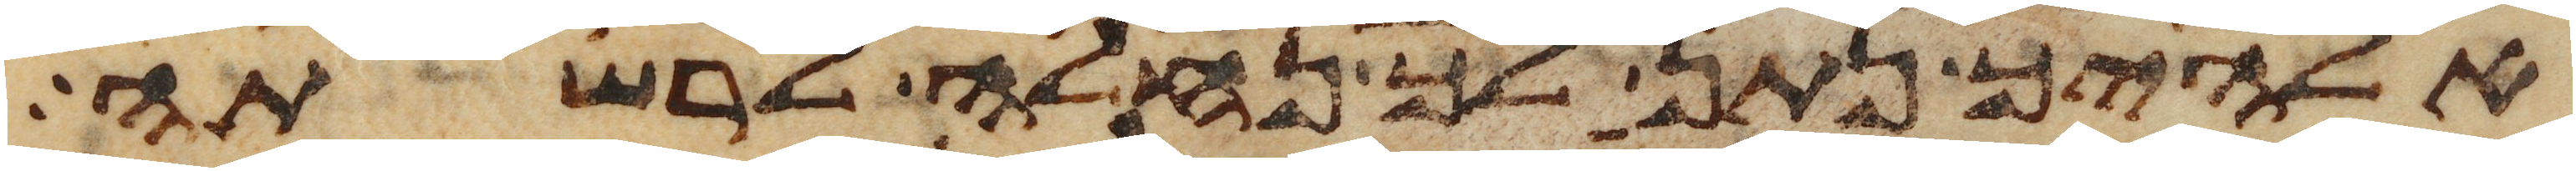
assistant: אלהיך נתן לך נחלה לרשתה